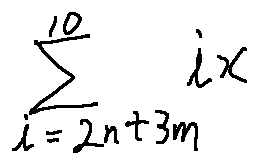
\sum \limits _ { i = 2 n + 3 m } ^ { 1 0 } i x